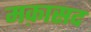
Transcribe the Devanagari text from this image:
मक़ासद